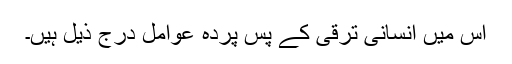
اس میں انسانی ترقی کے پسِ پردہ عوامل درج ذیل ہیں۔